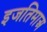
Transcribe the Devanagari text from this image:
इजतिमाअ